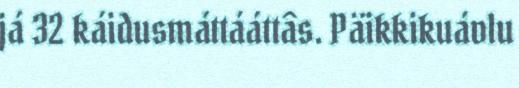
já 32 káidusmáttááttâs. Päikkikuávlu